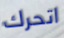
اتحرك